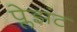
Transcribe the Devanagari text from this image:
प्लेझंट